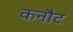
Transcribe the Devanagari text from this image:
कनौट